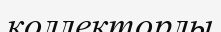
коллекторлы